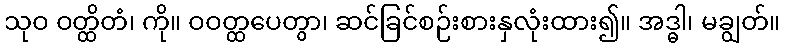
သုဝ ဝတ္ထိတံ၊ ကို။ ဝဝတ္ထပေတွာ၊ ဆင်ခြင်စဉ်းစားနှလုံးထား၍။ အဒ္ဓါ၊ မချွတ်။